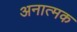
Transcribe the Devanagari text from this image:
अनात्मक